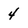
Character: 4